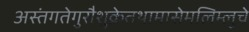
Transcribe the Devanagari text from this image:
अस्तंगतेगुरौशुक्रेतथामासेमलिम्लुचे